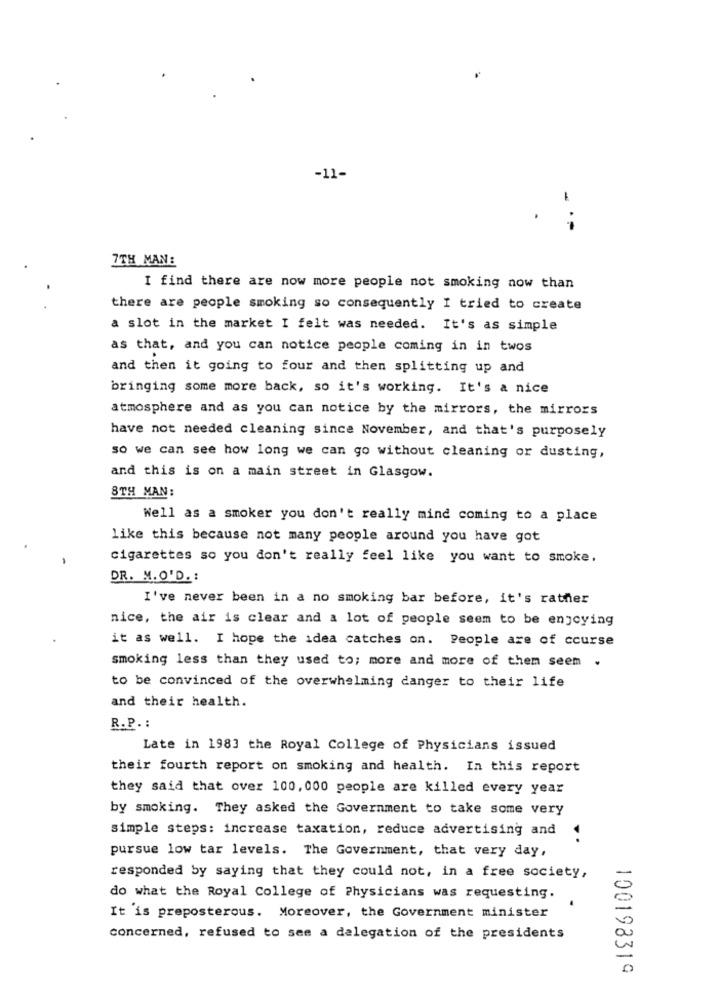
-11-
.-
7TH MAN:
I find there are now more people not smoking now than
there are people smoking so consequently I tried to create
a slot in the market I felt was needed. It's as simple
as that, and you can notice people coming in in twos
and then it going to four and then splitting up and
bringing some more back, so it's working. It's a nice
atmosphere and as you can notice by the mirrors, the mirrors
have not needed cleaning since November, and that's purposely
so we can see how long we can go without cleaning or dusting,
and this is on a main street in Glasgow.
8TH MAN:
Well as a smoker you don't really mind coming to a place
like this because not many people around you have got
cigarettes so you don't really feel like you want to smoke.
DR. M.O'D. :
I've never been in a no smoking bar before, it's rather
nice, the air is clear and a lot of people seem to be enjoying
it as well. I hope the idea catches on. People are of course
smoking less than they used to; more and more of them seem
to be convinced of the overwhelming danger to their life
and their health.
R.P. :
Late in 1983 the Royal College of Physicians issued
their fourth report on smoking and health. In this report
they said that over 100, 000 people are killed every year
by smoking. They asked the Government to take some very
simple steps: increase taxation, reduce advertising and
pursue low tar levels. The Government, that very day,
responded by saying that they could not, in a free society,
do what the Royal College of Physicians was requesting.
It is preposterous. Moreover, the Government minister
concerned, refused to see a delegation of the presidents
100198319